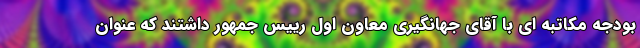
بودجه مکاتبه ای با آقای جهانگیری معاون اول رییس جمهور داشتند که عنوان